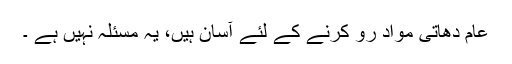
عام دھاتی مواد رو کرنے کے لئے آسان ہیں، یہ مسئلہ نہیں ہے ۔